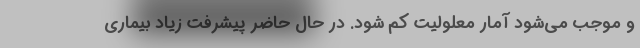
و موجب می‌شود آمار معلولیت کم شود. در حال حاضر پیشرفت زیاد بیماری